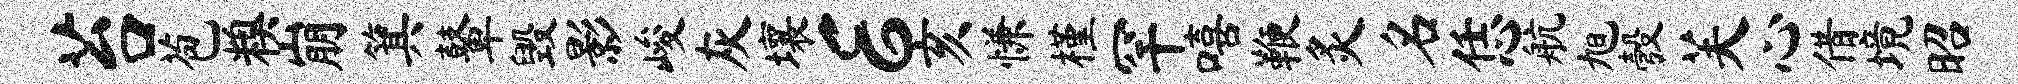
苔苞糗崩箕鼙毁影峻灰壤E亥慊槿罕嘻鞭炙名恁航旭彀芙心借境昭